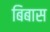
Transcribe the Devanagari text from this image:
बिबास